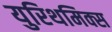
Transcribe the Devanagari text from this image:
युरिथमिक्स